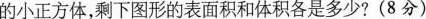
的小正方体，剩下图形的表面积和体积各是多少?(8分)